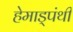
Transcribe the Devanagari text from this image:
हेमाड्पंथी